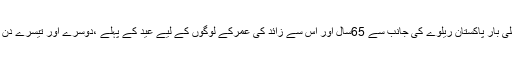
11 جون2018ء) پاکستان میں پہلی بار پاکستان ریلوے کی جانب سے 65سال اور اس سے زائد کی عمرکے لوگوں کے لیے عید کے پہلے ،دوسرے اور تیسرے دن فری سفر کا پیکج انائونس کر دیا۔